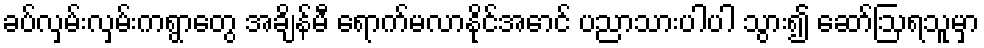
ခပ်လှမ်းလှမ်းကရွာတွေ အချိန်မီ ရောက်မလာနိုင်အောင် ပညာသားပါပါ သွား၍ ဆော်ဩရသူမှာ